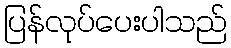
ပြန်လုပ်ပေးပါသည်